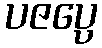
ပဇပ္ပေ